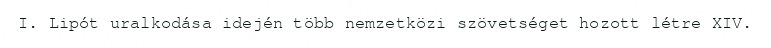
I. Lipót uralkodása idején több nemzetközi szövetséget hozott létre XIV.